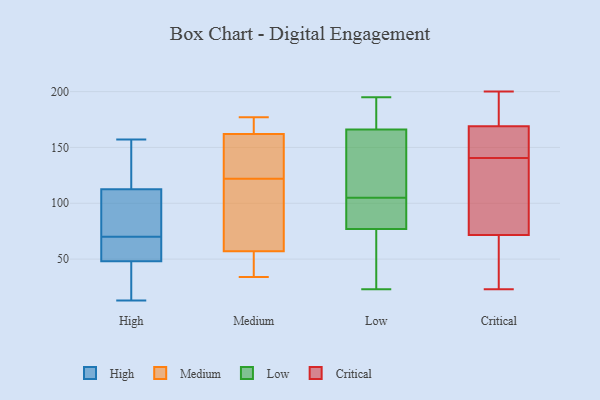
{"axis": {"x": "Active Users", "y": "Value"}, "legend": ["Critical", "High", "Low", "Medium"], "data": [{"x": "", "y": 157, "type": "High"}, {"x": "", "y": 61, "type": "High"}, {"x": "", "y": 65, "type": "High"}, {"x": "", "y": 60, "type": "High"}, {"x": "", "y": 118, "type": "High"}, {"x": "", "y": 110, "type": "High"}, {"x": "", "y": 13, "type": "High"}, {"x": "", "y": 36, "type": "High"}, {"x": "", "y": 103, "type": "High"}, {"x": "", "y": 67, "type": "High"}, {"x": "", "y": 73, "type": "High"}, {"x": "", "y": 19, "type": "High"}, {"x": "", "y": 115, "type": "High"}, {"x": "", "y": 134, "type": "High"}, {"x": "", "y": 95, "type": "High"}, {"x": "", "y": 17, "type": "High"}, {"x": "", "y": 167, "type": "Medium"}, {"x": "", "y": 113, "type": "Medium"}, {"x": "", "y": 41, "type": "Medium"}, {"x": "", "y": 131, "type": "Medium"}, {"x": "", "y": 162, "type": "Medium"}, {"x": "", "y": 97, "type": "Medium"}, {"x": "", "y": 177, "type": "Medium"}, {"x": "", "y": 132, "type": "Medium"}, {"x": "", "y": 34, "type": "Medium"}, {"x": "", "y": 57, "type": "Medium"}, {"x": "", "y": 82, "type": "Low"}, {"x": "", "y": 77, "type": "Low"}, {"x": "", "y": 163, "type": "Low"}, {"x": "", "y": 84, "type": "Low"}, {"x": "", "y": 47, "type": "Low"}, {"x": "", "y": 153, "type": "Low"}, {"x": "", "y": 112, "type": "Low"}, {"x": "", "y": 89, "type": "Low"}, {"x": "", "y": 195, "type": "Low"}, {"x": "", "y": 125, "type": "Low"}, {"x": "", "y": 178, "type": "Low"}, {"x": "", "y": 65, "type": "Low"}, {"x": "", "y": 194, "type": "Low"}, {"x": "", "y": 45, "type": "Low"}, {"x": "", "y": 166, "type": "Low"}, {"x": "", "y": 166, "type": "Low"}, {"x": "", "y": 23, "type": "Low"}, {"x": "", "y": 98, "type": "Low"}, {"x": "", "y": 200, "type": "Critical"}, {"x": "", "y": 67, "type": "Critical"}, {"x": "", "y": 159, "type": "Critical"}, {"x": "", "y": 136, "type": "Critical"}, {"x": "", "y": 80, "type": "Critical"}, {"x": "", "y": 145, "type": "Critical"}, {"x": "", "y": 160, "type": "Critical"}, {"x": "", "y": 198, "type": "Critical"}, {"x": "", "y": 178, "type": "Critical"}, {"x": "", "y": 23, "type": "Critical"}, {"x": "", "y": 76, "type": "Critical"}, {"x": "", "y": 56, "type": "Critical"}]}